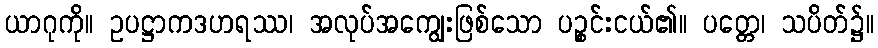
ယာဂုကို။ ဥပဋ္ဌာကဒဟရဿ၊ အလုပ်အကျွေးဖြစ်သော ပဉ္စင်းငယ်၏။ ပတ္တေ၊ သပိတ်၌။